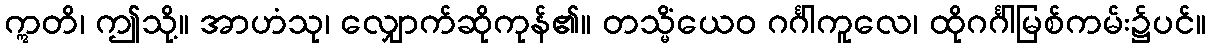
ဣတိ၊ ဤသို့။ အာဟံသု၊ လျှောက်ဆိုကုန်၏။ တသ္မိံယေဝ ဂင်္ဂါကူလေ၊ ထိုဂင်္ဂါမြစ်ကမ်း၌ပင်။